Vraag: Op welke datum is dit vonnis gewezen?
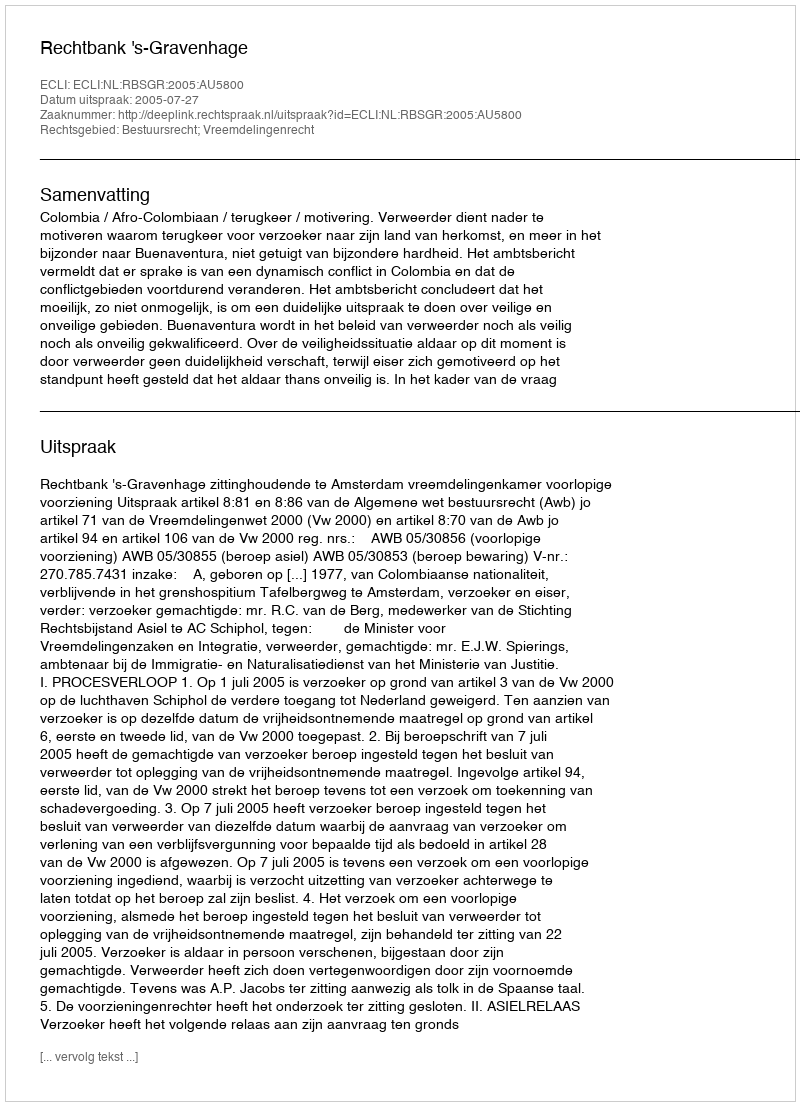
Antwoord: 2005-07-27